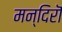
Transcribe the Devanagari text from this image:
मन्दिरॊ